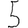
Digit: 5